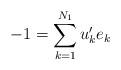
LaTeX: \begin{align*}-1 = \sum_{k=1}^{N_1} u'_k e_k\end{align*}